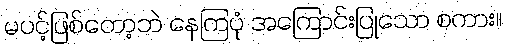
မပင့်ဖြစ်တော့ဘဲ နေကြပုံ အကြောင်းပြုသော စကား။